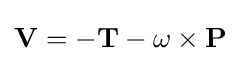
\mathbf {V} =-\mathbf {T} -\mathbf {\omega } \times \mathbf {P}